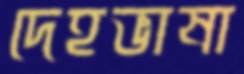
দেহভাষা